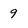
Character: 9